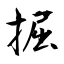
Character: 掘